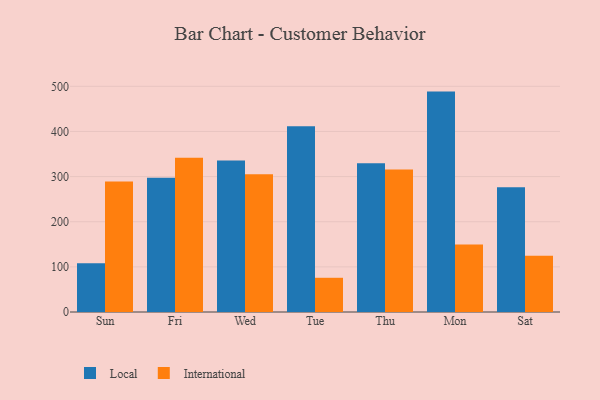
{"axis": {"x": "Day", "y": "Customer Acquisition Cost (USD)"}, "legend": ["International", "Local"], "data": [{"x": "Sun", "y": 107.8, "type": "Local"}, {"x": "Sun", "y": 288.9, "type": "International"}, {"x": "Fri", "y": 297.5, "type": "Local"}, {"x": "Fri", "y": 341.7, "type": "International"}, {"x": "Wed", "y": 335.6, "type": "Local"}, {"x": "Wed", "y": 305.4, "type": "International"}, {"x": "Tue", "y": 411.8, "type": "Local"}, {"x": "Tue", "y": 75.8, "type": "International"}, {"x": "Thu", "y": 329.4, "type": "Local"}, {"x": "Thu", "y": 315.8, "type": "International"}, {"x": "Mon", "y": 488.3, "type": "Local"}, {"x": "Mon", "y": 149.3, "type": "International"}, {"x": "Sat", "y": 276.4, "type": "Local"}, {"x": "Sat", "y": 124.6, "type": "International"}]}